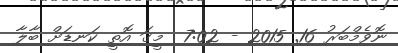
ނޮވެމްބަރު 16